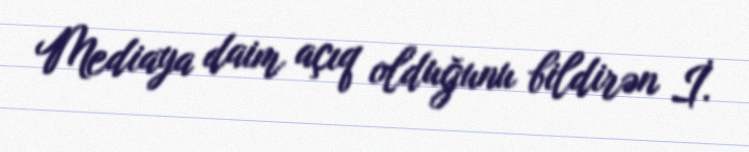
Mediaya daim açıq olduğunu bildirən İ.